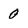
Character: 0